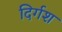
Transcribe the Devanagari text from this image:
दिर्गश